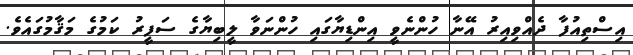
އިސްތިއުފާ ދެއްވިއިރު އޭނާ ހުންނެވީ އިންޑިޔާގައި ހުންނަވާ ލީބިޔާގެ ސަފީރު ކަމުގެ މަޤާމުގައެވެ.